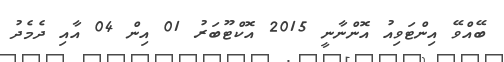
ބޭއްވޭ އިންޓަވިއު އޮންނާނީ 2015 އޮކްޓޫބަރު 01 އިން 04 އާއި ދެމެދު